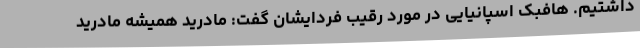
داشتیم. هافبک اسپانیایی در مورد رقیب فردایشان گفت: مادرید همیشه مادرید